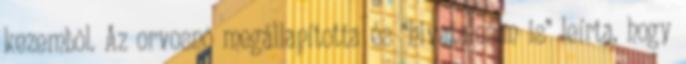
kezembõl. Az orvosnõ megállapította és “hivatalosan is” leírta, hogy